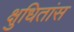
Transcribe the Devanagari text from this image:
क्षुधितांस